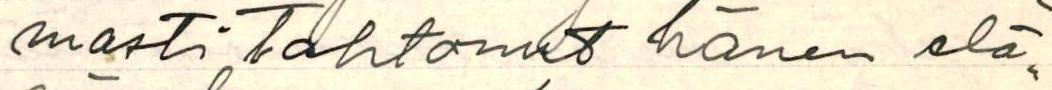
masti tahtonut hänen elä-